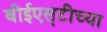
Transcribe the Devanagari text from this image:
बीईएस्‌टीच्या